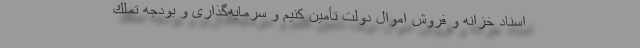
اسناد خزانه و فروش اموال دولت تأمین كنیم و سرمایه‌گذاری و بودجه تملك